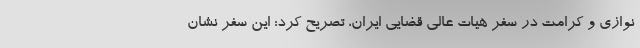
نوازی و کرامت در سفر هیات عالی قضایی ایران، تصریح کرد: این سفر نشان